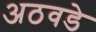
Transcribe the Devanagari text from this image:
अठवडे